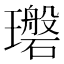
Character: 𪼪